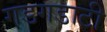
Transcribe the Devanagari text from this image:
गडगडाटी